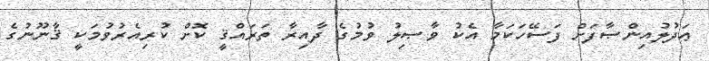
ޢަދުލުއިންޞާފަށް ފަސޭހަކަމާ އެކު ވާޞިލު ވުމުގެ ދާއިރާ ތަރައްޤީ ކޮށް ކުރިއެރުވުމަކީ ޤާނޫނުގެ